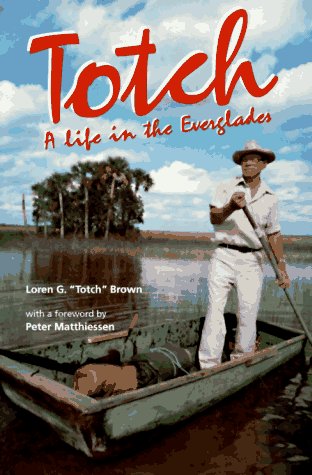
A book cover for Totch: A Life in the Everglades; Loren G. Brown; Biographies & Memoirs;